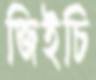
জিইচি